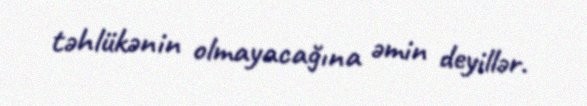
təhlükənin olmayacağına əmin deyillər.